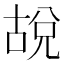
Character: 𪡜